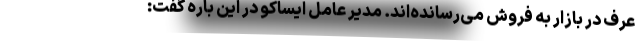
عرف در بازار به فروش می‌رسانده‌اند. مدیر عامل ایساکو در این باره گفت: